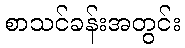
စာသင်ခန်းအတွင်း